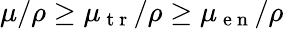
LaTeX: \mu/\rho\geq\mu_{\mathrm{~t~r~}}/\rho\geq\mu_{\mathrm{~e~n~}}/\rho